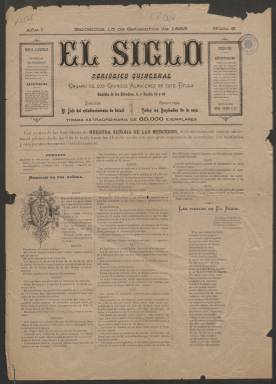
Título: El Siglo (Barcelona)
Colección: Moda || Revistas femeninas
Ámbito geográfico: Barcelona
Lugar de publicación: Barcelona
Fechas: 01/01/1883-31/12/1912